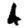
Digit: 4